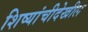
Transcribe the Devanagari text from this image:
शिष्यांचीदेखील